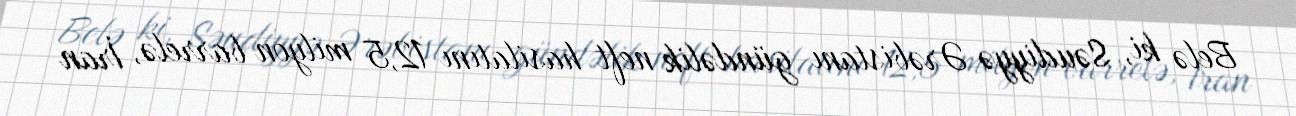
Belə ki, Səudiyyə Ərəbistanı gündəlik neft hasilatını 12,5 milyon barrelə, İran